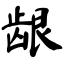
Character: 龈